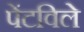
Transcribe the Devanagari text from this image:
पेंटविले